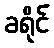
ခရိုင်